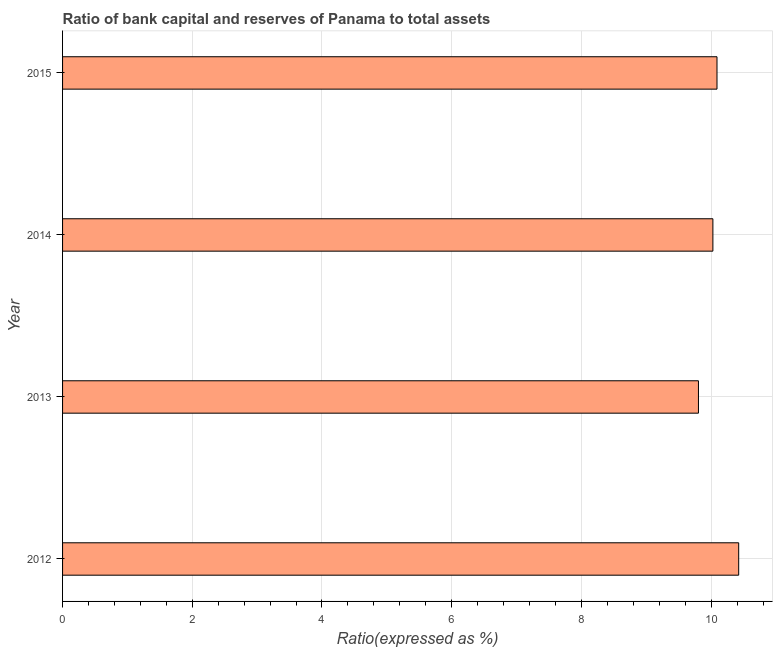
| Year | Bank capital to assets ratio |
 | --- | --- |
 | 2012 | 10.4 |
 | 2013 | 9.8 |
 | 2014 | 10 |
 | 2015 | 10.1 |